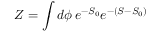
Z = \int d \phi \, e ^ { - S _ { 0 } } e ^ { - ( S - S _ { 0 } ) }